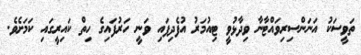
ތަވީސަކު އަނަންސިރިވައްޓާނާ ވިދާޅުވީ ޓިއުމަރު އުފެދިފައި ވަނީ ހަރުފައިގެ ހިތް ކައިރީގައި ކަމަށެވެ.